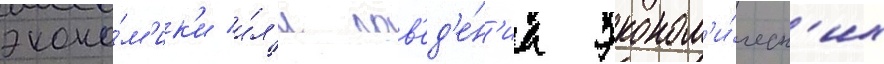
эконо́м'ик'и и́л'и пов'ед'е́н'иа эконом'и́ческ'их